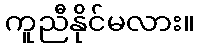
ကူညီနိုင်မလား။